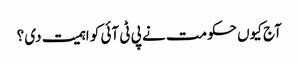
آج کیوں حکومت نے پی ٹی آئی کو اہمیت دی ؟